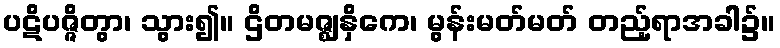
ပဋိပဇ္ဇိတွာ၊ သွား၍။ ဌိတမဇ္ဈနှိကေ၊ မွန်းမတ်မတ် တည့်ရာအခါ၌။